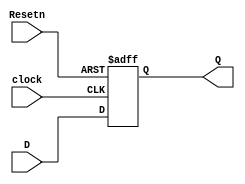
module dff(D,clock,Resetn,Q);
    input D,clock,Resetn;
    output reg Q;
    always @ (posedge clock or posedge Resetn)
    begin
        if(Resetn)
            Q <= 0;
        else
            Q <= D;
    end
endmodule